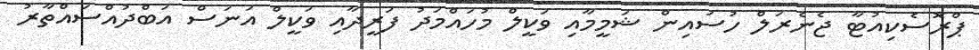
ޕްރޮސެކިއުޓާ ޖެނެރަލް ހުސައިން ޝަމީމާއި ވަކީލް މުހައްމަދު ފަރީދާއި ވަކީލް އަނަސް އަބްދުއްސައްތާރު